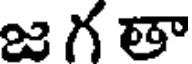
జగతా